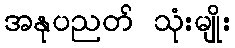
အနုပညတ် သုံးမျိုး